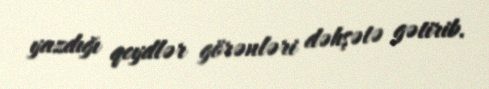
yazdığı qeydlər görənləri dəhşətə gətirib.